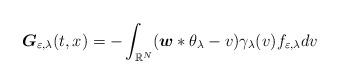
LaTeX: \begin{align*}\boldsymbol{G}_{\varepsilon ,\lambda }(t,x)=-\int_{\mathbb{R}^{N}}(\boldsymbol{w}\ast \theta _{\lambda }-v)\gamma _{\lambda }(v)f_{\varepsilon,\lambda }dv \end{align*}